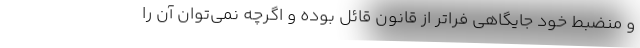
و منضبط خود جایگاهی فراتر از قانون قائل بوده و اگرچه نمی‌توان آن را